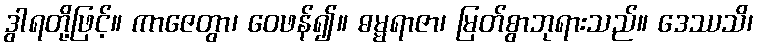
ဒွါရတို့ဖြင့်။ ကာဇေတွာ၊ ဝေဖန်၍။ ဓမ္မရာဇာ၊ မြတ်စွာဘုရားသည်။ ဒေဿသိ၊